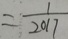
= \frac { 1 } { 2 0 1 7 }